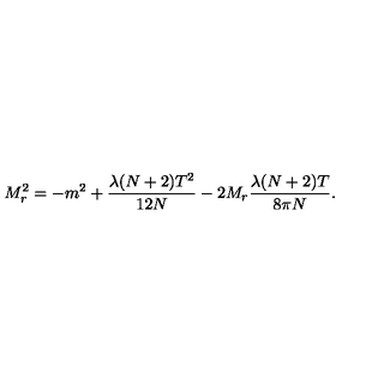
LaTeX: M _ { r } ^ { 2 } = - m ^ { 2 } + \frac { \lambda ( N + 2 ) T ^ { 2 } } { 1 2 N } - 2 M _ { r } \frac { \lambda ( N + 2 ) T } { 8 \pi N } .